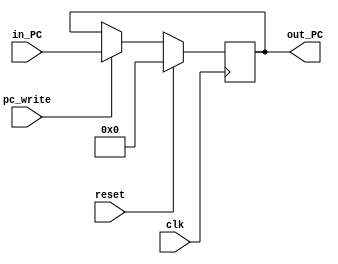

module program_counter(
	input clk, reset, pc_write,
	input [31:0] in_PC,
	output reg [31:0] out_PC);
	reg none = 1;

	initial 
		begin
			out_PC <= 32'b0;
		end

	always@(posedge clk) 
	begin
		if(reset == 1'b1) 
			out_PC <= 32'b0;
		else if(pc_write == 1'b1)
				out_PC <= in_PC;		//Incremeted PC is assigned to out_PC
		else
			none <= ~none;
	end
endmodule